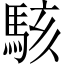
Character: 駭